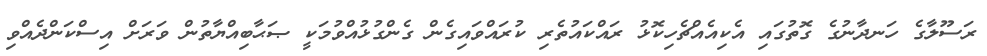
ރަސޫލާގެ ހަނދާނުގެ ގޮތުގައި އެކިއެއްޗެހިކޮޅު ރައްކައުތެރި ކުރައްވައިގެން ގެންގުޅުއްވުމަކީ ޞަޙާބިއްޔާތުން ވަރަށް އިސްކަންދެއްވި